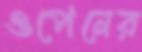
ওপেনের